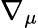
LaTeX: \nabla_{\mu}